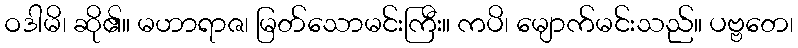
ဝဒါမိ၊ ဆို၏။ မဟာရာဇ၊ မြတ်သောမင်းကြီး။ ကပိ၊ မျောက်မင်းသည်။ ပဗ္ဗတေ၊